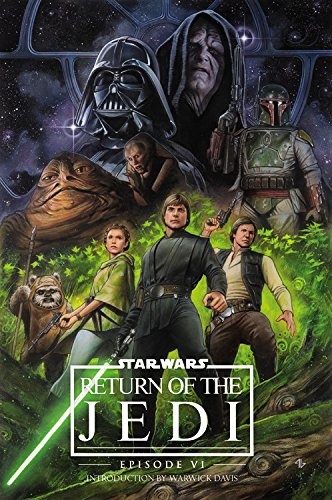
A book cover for Star Wars: Episode VI: Return of the Jedi; Marvel Comics; Comics & Graphic Novels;